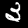
Label: 3